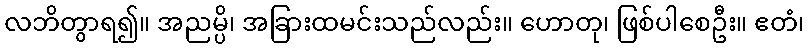
လဘိတွာရ၍။ အညမ္ပိ၊ အခြားထမင်းသည်လည်း။ ဟောတု၊ ဖြစ်ပါစေဦး။ ဧတံ၊